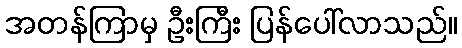
အတန်ကြာမှ ဦးကြီး ပြန်ပေါ်လာသည်။